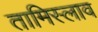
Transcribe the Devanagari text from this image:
तामिस्लाव